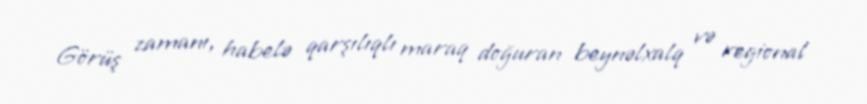
Görüş zamanı, habelə qarşılıqlı maraq doğuran beynəlxalq və regional